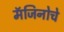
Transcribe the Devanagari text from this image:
मॅजिनोचे